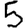
Digit: 5